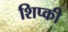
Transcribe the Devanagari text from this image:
शिप्की